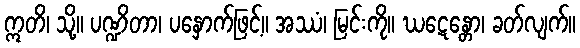
ဣတိ၊ သို့။ ပဏ္ဍိတာ၊ ပနှောက်ဖြင့်။ အဿံ၊ မြင်းကို။ ဃဋေန္တော၊ ခတ်လျက်။